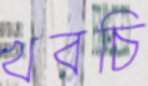
খরচি